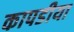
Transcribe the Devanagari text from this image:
कापडीया